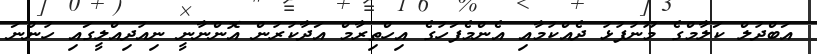
އަބްދުލް ކަލާމްގެ މޫނުފުޅު ދެއްކުމާއި އެންމެފަހުގެ އިހްތިރާމް އަދާކުރުން އޮންނާނީ ނިއުދިއްލީގައި ހުންނަ